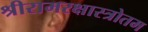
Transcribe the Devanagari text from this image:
श्रीरामरक्षास्त्रोतम